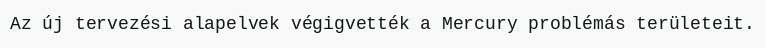
Az új tervezési alapelvek végigvették a Mercury problémás területeit.